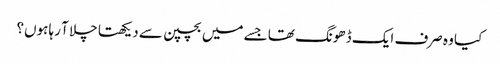
کیا وہ صرف ایک ڈھونگ تھا جسے میں بچپن سے دیکھتا چلا آ رہا ہوں؟